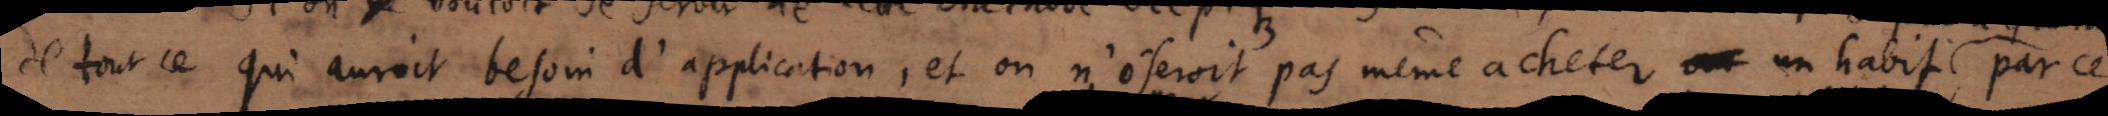
de toutce qui auroit besoin d’application, et on n’oseroit pas même acheter ou un habit de ce